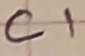
Text: C1